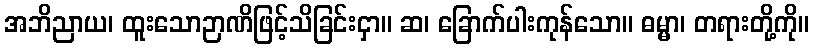
အဘိညာယ၊ ထူးသောဉာဏိဖြင့်သိခြင်းငှာ။ ဆ၊ ခြောက်ပါးကုန်သော။ ဓမ္မာ၊ တရားတို့ကို။